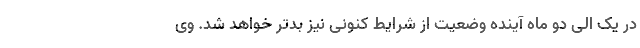
در یک الی دو ماه آینده وضعیت از شرایط کنونی نیز بدتر خواهد شد. وی